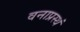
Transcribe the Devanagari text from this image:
वनाप्रस्थं